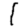
Digit: 1